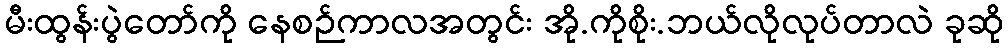
မီးထွန်းပွဲတော်ကို နေစဉ်ကာလအတွင်း အို.ကိုစိုး.ဘယ်လိုလုပ်တာလဲ ခုဆို